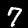
Label: 7